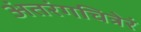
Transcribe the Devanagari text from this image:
अंतरंगचित्रेरं